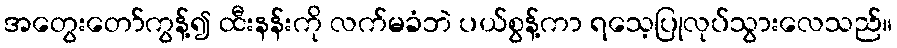
အတွေးတော်ကွန့်၍ ထီးနန်းကို လက်မခံဘဲ ပယ်စွန့်ကာ ရသေ့ပြုလုပ်သွားလေသည်။